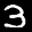
Label: 3